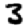
Digit: 3